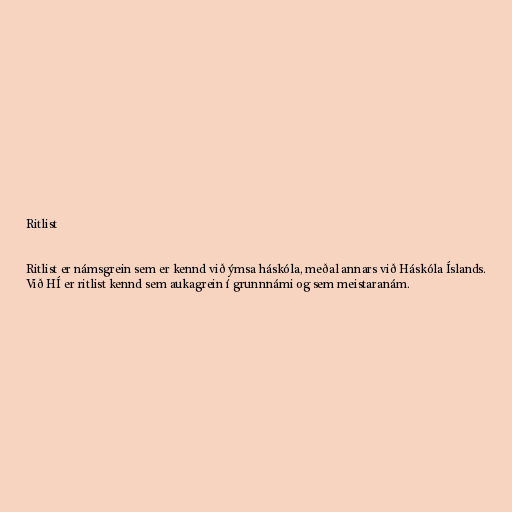
Ritlist

Ritlist er námsgrein sem er kennd við ýmsa háskóla, meðal annars við Háskóla Íslands.
Við HÍ er ritlist kennd sem aukagrein í grunnnámi og sem meistaranám.